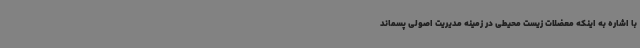
با اشاره به اینکه معضلات زیست ‌محیطی در زمینه مدیریت اصولی پسماند